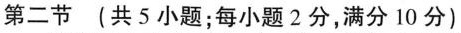
第二节 (共 5 小题;每小题 2分,满分 10 分)